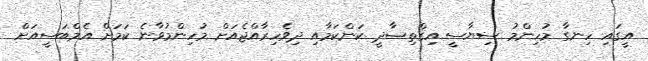
އީގައި ހިނގާ މުހިންމު ސިޔާސީ އިޤްތިޞާދީ ކަންކަމާއި ދިވެހިރާއްޖެއަށް މުހިންމުވާނެ ކަމަށް އެމްބަސީއަށް